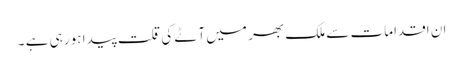
ان اقدامات سے ملک بھر میں آٹے کی قلت پیدا ہو رہی ہے ۔